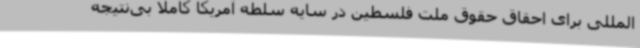
المللی برای احقاق حقوق ملت فلسطین در سایه سلطه آمریکا کاملا بی‌نتیجه